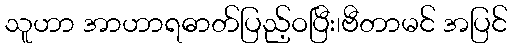
သူဟာ အာဟာရဓာတ်ပြည့်ဝပြီး၊ဗီတာမင် အပြင်